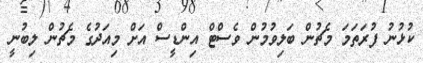
ކުޅުނު ފުރަތަމަ މެޗުން ބަލިވުމުން ވެސްޓް އިންޑީސް އަށް މިއަދުގެ މެޗުން ލިބުނީ